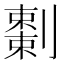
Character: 𠠅